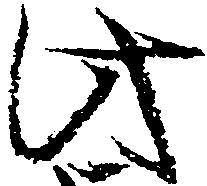
此